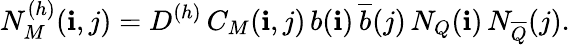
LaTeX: N_{M}^{(h)}(\mathbf{i},j)=D^{(h)}\, C_{M}(\mathbf{i},j)\, b(\mathbf{i})\, {\overline{{{b}}}}(j)\, N_{Q}(\mathbf{i})\, N_{\overline{{{Q}}}}(j).\,